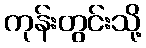
ကုန်းတွင်းသို့